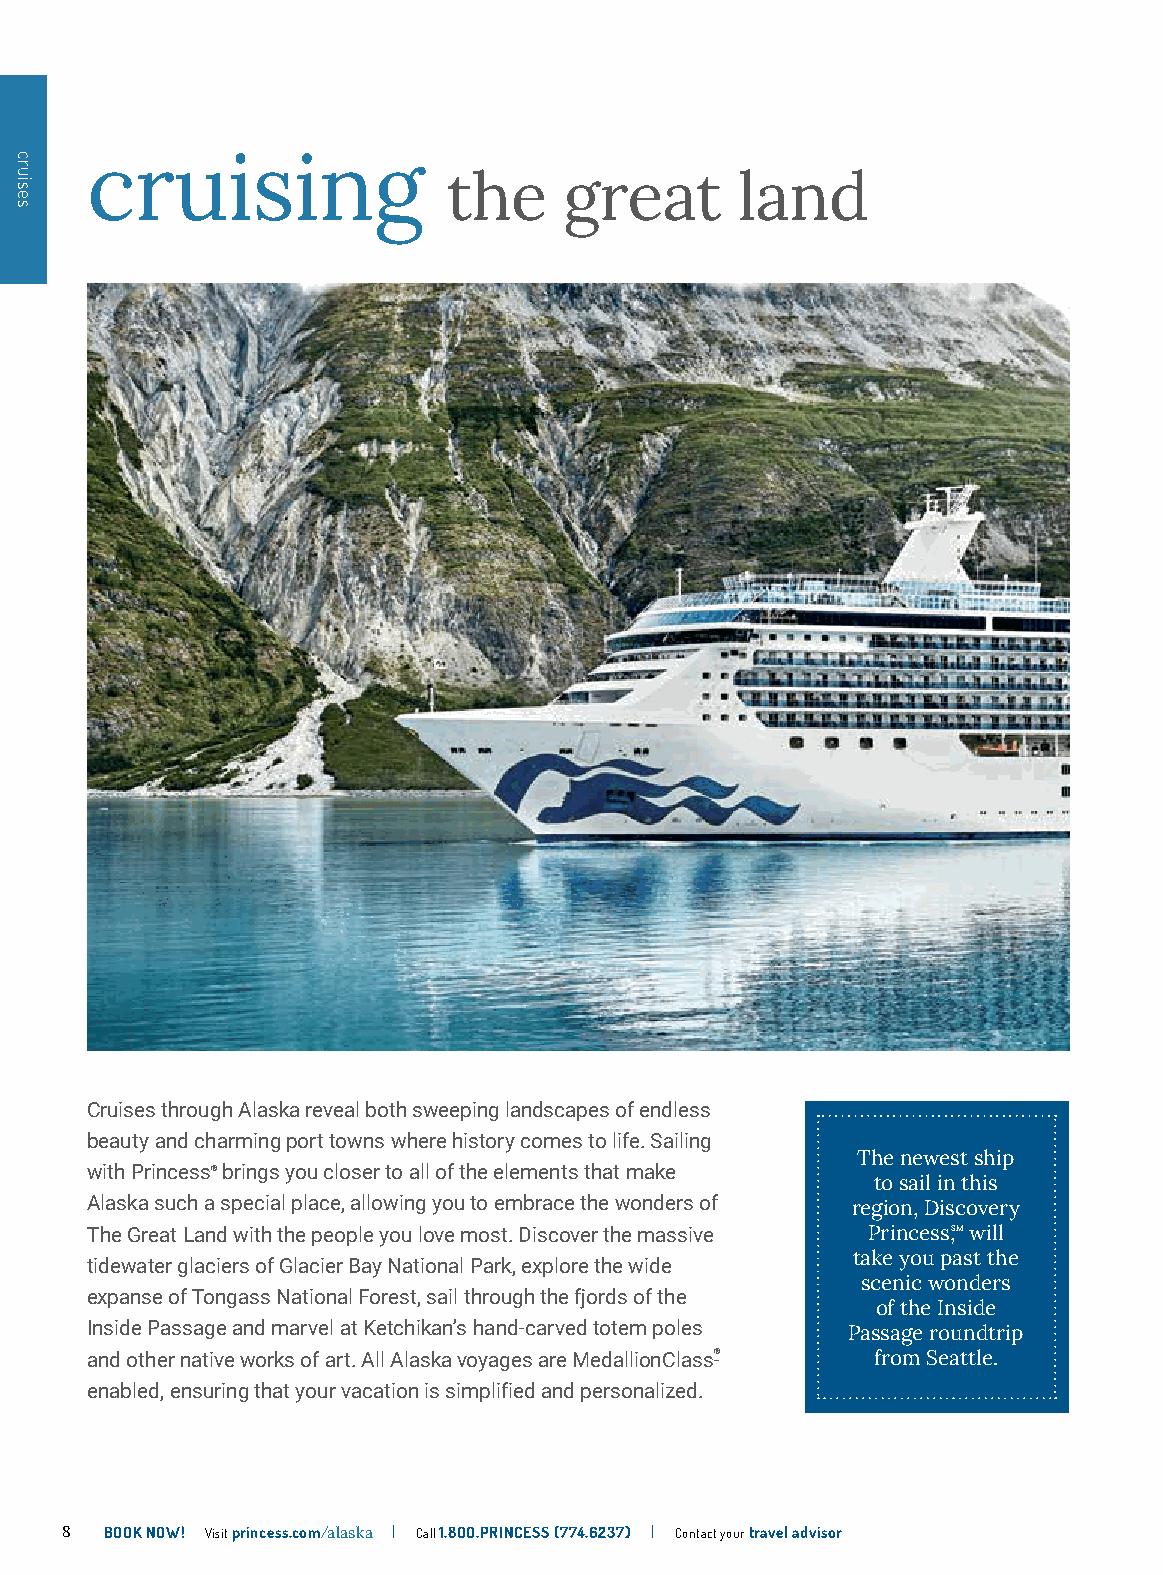
cruising
 the    great       land
 Cruises through Alaska reveal both sweeping landscapes of endless
 beauty and charming port towns where history comes to life. Sailing
 The newest ship
 with Princess® brings you closer to all of the elements that make
 to sail in this
 Alaska such a special place, allowing you to embrace the wonders of region, Discovery
 The Great Land with the people you love most. Discover the massive Princess,SM will
 take you past the
 tidewater glaciers of Glacier Bay National Park, explore the wide
 scenic wonders
 expanse of Tongass National Forest, sail through the fjords of the
 of the Inside
 Inside Passage and marvel at Ketchikan’s hand-carved totem poles Passage roundtrip
 and other native works of art. All Alaska voyages are MedallionClass®- from Seattle.
 enabled, ensuring that your vacation is simplified and personalized.
 8  BOOK NOW! Visit princess.com/alaska | Call 1.8OO.PRINCESS (774.6237) | Contact your travel advisor
 cruises